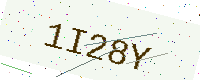
Text: 1I28Y